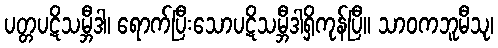
ပတ္တပဋိသမ္ဘီဒါ၊ ရောက်ပြီးသောပဋိသမ္ဘီဒါရှိကုန်ပြီ။ သာဝကဘူမီသု၊